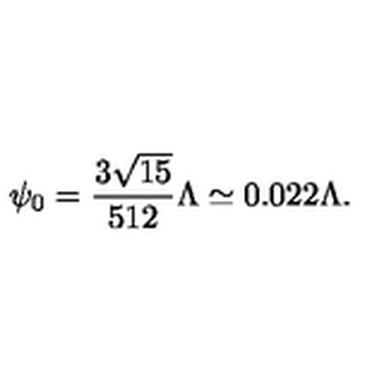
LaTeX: \psi _ { 0 } = \frac { 3 \sqrt { 1 5 } } { 5 1 2 } \Lambda \simeq 0 . 0 2 2 \Lambda .